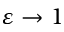
\varepsilon \rightarrow 1